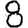
Digit: 8